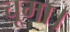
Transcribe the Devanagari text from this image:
चूमा।